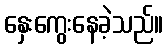
နှေးကွေးနေခဲ့သည်။